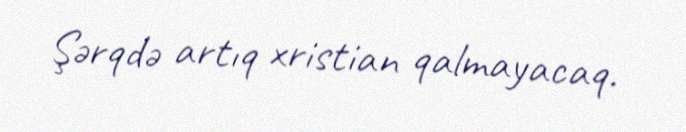
Şərqdə artıq xristian qalmayacaq.